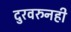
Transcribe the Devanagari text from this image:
दुरवरुनही